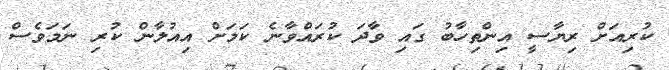
ކުރިއަށް ރިޔާސީ އިންތިހާބު ގައި ވާދަ ކުރައްވާނެ ކަމަށް އިއުލާން ކުރި ނަމަވެސް